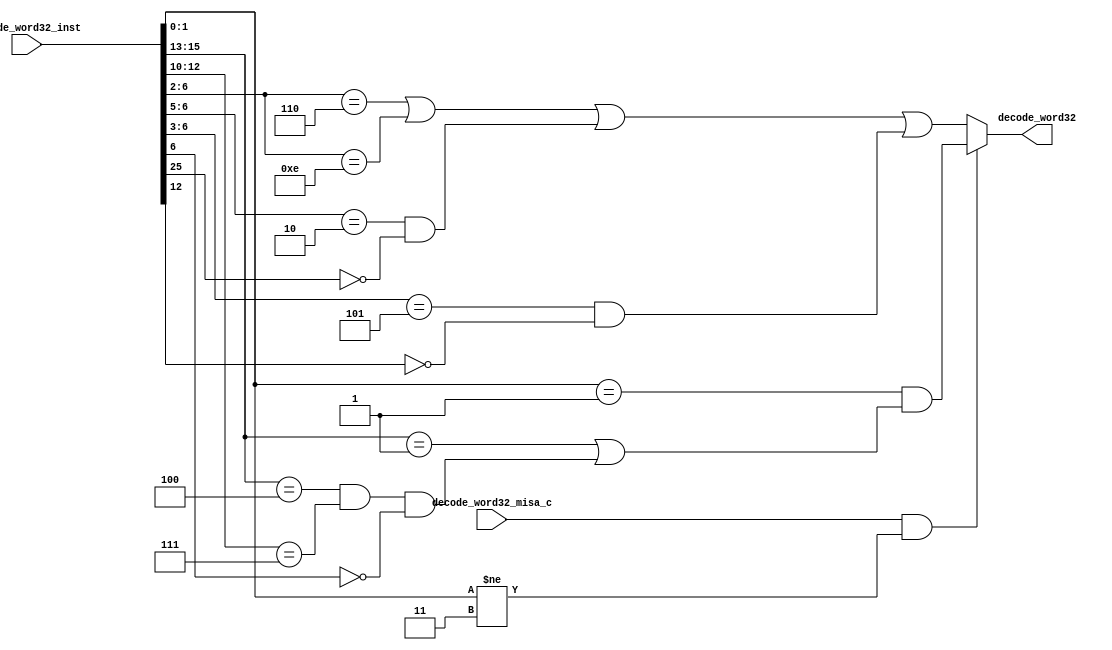
//
// Generated by Bluespec Compiler, version 2022.01-5-ge3edf4b1 (build e3edf4b1)
//
// On Fri Apr 15 12:45:59 EDT 2022
//
//
// Ports:
// Name                         I/O  size props
// decode_word32                  O     1
// decode_word32_inst             I    32
// decode_word32_misa_c           I     1
//
// Combinational paths from inputs to outputs:
//   (decode_word32_inst, decode_word32_misa_c) -> decode_word32
//
//

`ifdef BSV_ASSIGNMENT_DELAY
`else
  `define BSV_ASSIGNMENT_DELAY
`endif

`ifdef BSV_POSITIVE_RESET
  `define BSV_RESET_VALUE 1'b1
  `define BSV_RESET_EDGE posedge
`else
  `define BSV_RESET_VALUE 1'b0
  `define BSV_RESET_EDGE negedge
`endif

module module_decode_word32(decode_word32_inst,
			    decode_word32_misa_c,
			    decode_word32);
  // value method decode_word32
  input  [31 : 0] decode_word32_inst;
  input  decode_word32_misa_c;
  output decode_word32;

  // signals for module outputs
  wire decode_word32;

  // value method decode_word32
  assign decode_word32 =
	     (decode_word32_misa_c && decode_word32_inst[1:0] != 2'b11) ?
	       decode_word32_inst[1:0] == 2'd1 &&
	       (decode_word32_inst[15:13] == 3'b001 ||
		decode_word32_inst[15:13] == 3'b100 &&
		decode_word32_inst[12:10] == 3'b111 &&
		!decode_word32_inst[6]) :
	       decode_word32_inst[6:2] == 5'b00110 ||
	       decode_word32_inst[6:2] == 5'b01110 ||
	       decode_word32_inst[6:5] == 2'b10 && !decode_word32_inst[25] ||
	       decode_word32_inst[6:3] == 4'b0101 && !decode_word32_inst[12] ;
endmodule  // module_decode_word32